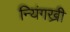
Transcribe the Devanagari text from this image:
न्यिंगख्री